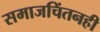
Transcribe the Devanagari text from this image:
समाजचिंतनही